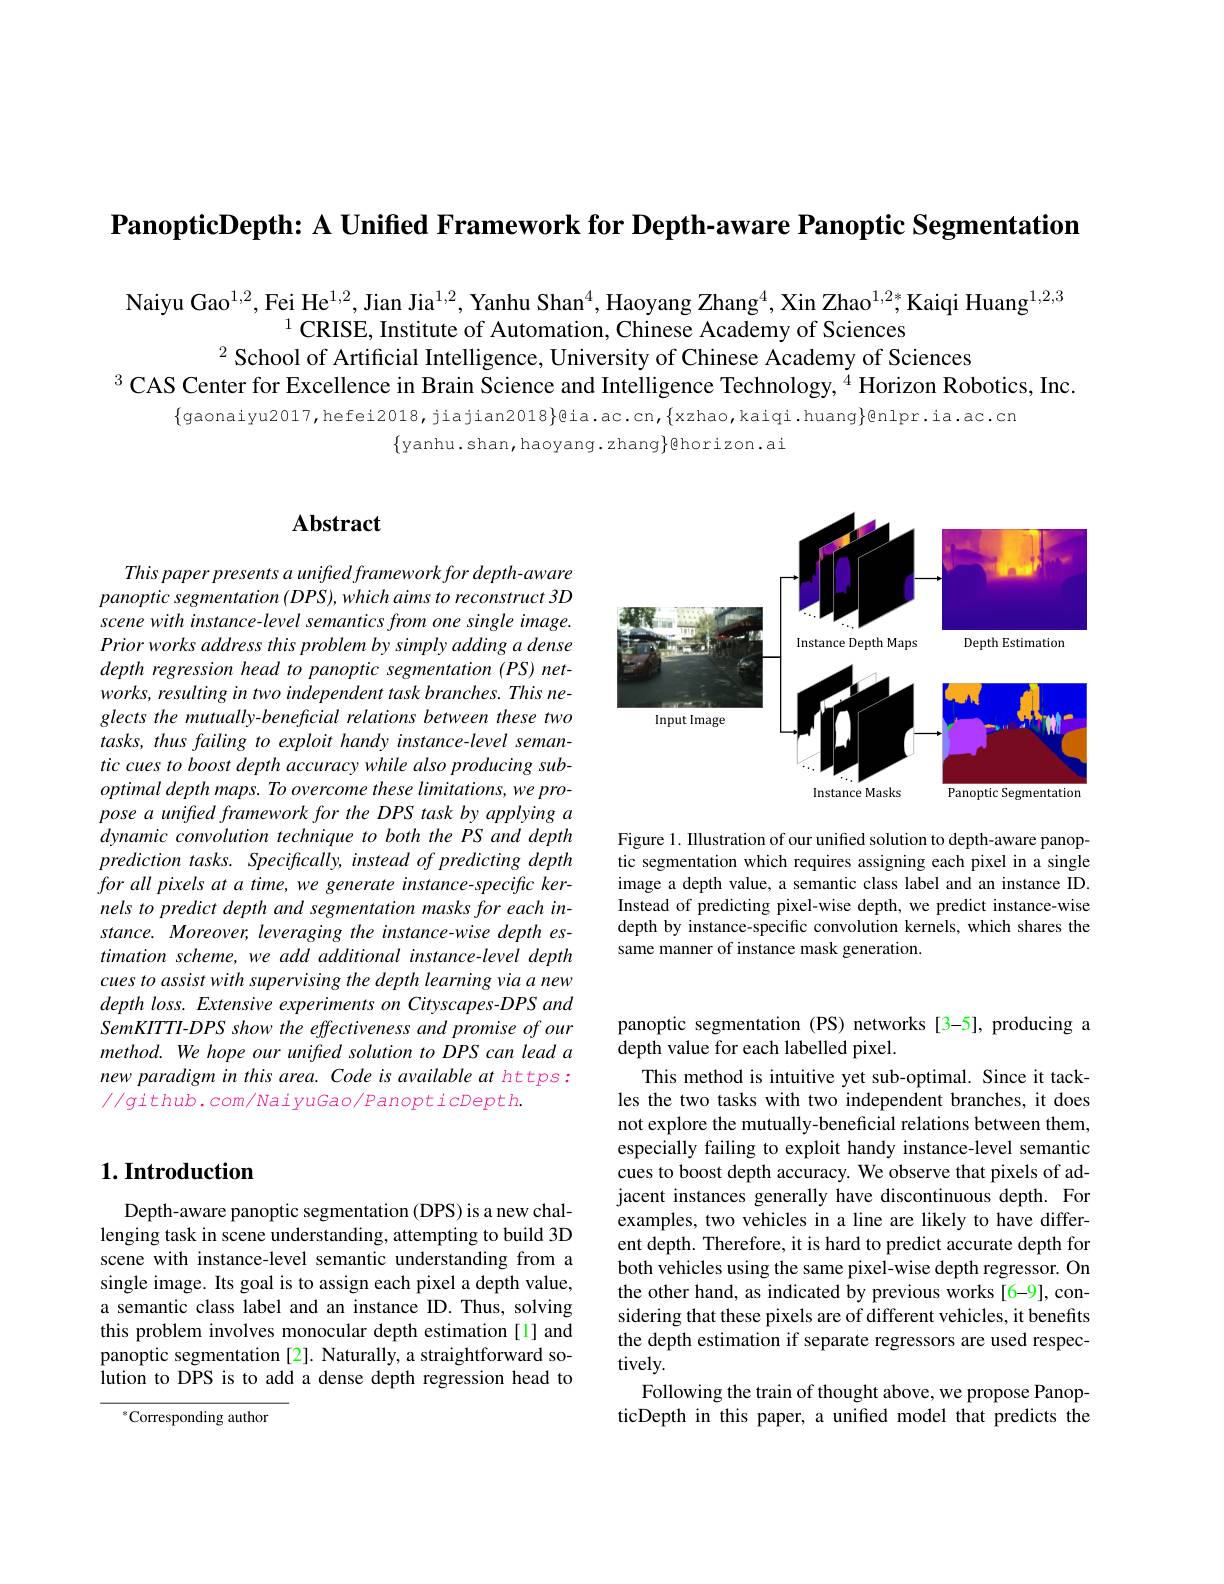
$\textbf{PanopticDepth: A Unified Framework for Depth- aware Panoptic Segmentation}$

Naiyu Gao$^{1,2},\text{Fei He}^{1,2}$,Jian Jia$^{1,2}$, Yanhu Shan$^4$, Haoyang Zhang$^{4}$, Xin Zhao$^{1,2*}$Kaiqi Huang$^{1,2,3}$
$^{1}$CRISE, Institute of Automation, Chinese Academy of Sciences
$^{2}$ School of Artificial Intelligence, University of Chinese Academy of Sciences
$^{3}$ CAS Center for Excellence in Brain Science and Intelligence Technology, $^{\tilde{4}}$ Horizon Robotics, Inc.

$\{$yanhu.shan,haoyang.zhang$\}$@horizon.ai

## $\mathbf{Abstract}$

This paper presents a unifred framework for depth-aware panoptic segmentation (DPS), which aims to reconstruct 3D scene with instance-level semantics from one single image. Prior works address this problem by simply adding a dense depth regression head to panoptic segmentation (PS) networks, resulting in two independent task branches. This neglects the mutually-beneficial relations between these two tasks, thus failing to exploit handy instance-level semantic cues to boost depth accuracy while also producing sub- $optimal\textit{ depth maps. To overcome these limitations, we pro- }$ pose a unifted framework for the DPS task by applying a dynamic convolution technique to both the PS and depth prediction tasks. Specifically, instead of predicting depth for all pixels at a time, we generate instance-specific kernels to predict depth and segmentation masks for each instance. Moreover, leveraging the instance-wise depth estimation scheme, we add additional instance-level depth cues to assist with supervising the depth learning via a new $depth\textit{loss. Extensive experiments on Cityscapes- DPS and}$ SemKITTI-DPS show the effectiveness and promise of our method. We hope our unified solution to DPS can lead a new paradigm in this area. Code is available at https: $//g$ithub. com/NaiyuGao/PanopticDepth.

<FigureHere>

Figure 1. Illustration of our unified solution to depth-aware panoptic segmentation which requires assigning each pixel in a single image a depth value, a semantic class label and an instance ID. Instead of predicting pixel-wise depth, we predict instance-wise depth by instance-specific convolution kernels, which shares the same manner of instance mask generation.

## $1. \textbf{Introduction}$

Depth-aware panoptic segmentation (DPS) is a new challenging task in scene understanding, attempting to build 3D scene with instance-level semantic understanding from a single image. Its goal is to assign each pixel a depth value, a semantic class label and an instance ID. Thus, solving this problem involves monocular depth estimation[l] and panoptic segmentation [2]. Naturally, a straightforward solution to DPS is to add a dense depth regression head to

$^{*}$Corresponding author

panoptic segmentation (PS) networks [3-5], producing a
depth value for each labelled pixel.

This method is intuitive yet sub-optimal. Since it tackles the two tasks with two independent branches, it does not explore the mutually-beneficial relations between them, especially failing to exploit handy instance-level semantic cues to boost depth accuracy. We observe that pixels of adjacent instances generally have discontinuous depth. For examples, two vehicles in a line are likely to have different depth. Therefore, it is hard to predict accurate depth for both vehicles using the same pixel-wise depth regressor. On the other hand, as indicated by previous works[6-9], considering that these pixels are of different vehicles, it benefits the depth estimation if separate regressors are used respectively.
Following the train of thought above, we propose PanopticDepth in this paper, a unified model that predicts the